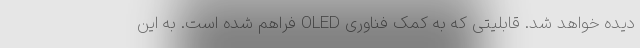
دیده خواهد شد. قابلیتی که به کمک فناوری OLED فراهم شده است. به این